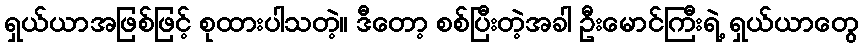
ရှယ်ယာအဖြစ်ဖြင့် စုထားပါသတဲ့။ ဒီတော့ စစ်ပြီးတဲ့အခါ ဦးမောင်ကြီးရဲ့ ရှယ်ယာတွေ